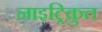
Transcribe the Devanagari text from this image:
नाइट्रिक्रुत